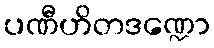
ပဏီဟိတဒဏ္ဍော